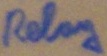
Text: Relay